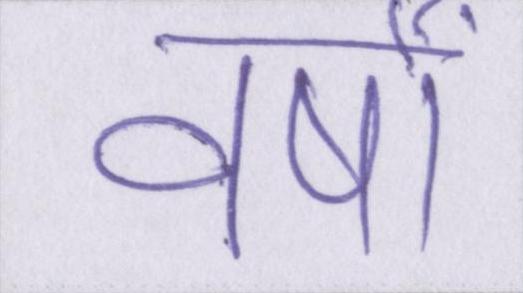
वर्षों